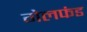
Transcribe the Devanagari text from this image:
गेलफंड